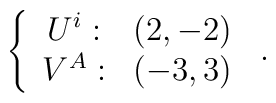
\left\{\begin{array}{cc}U^i:&(2,-2)\\V^A:&(-3,3)\end{array}\right.\,.